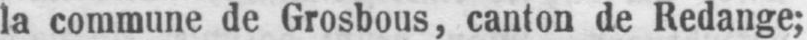
la commune de Grosbous, canton de Redange;